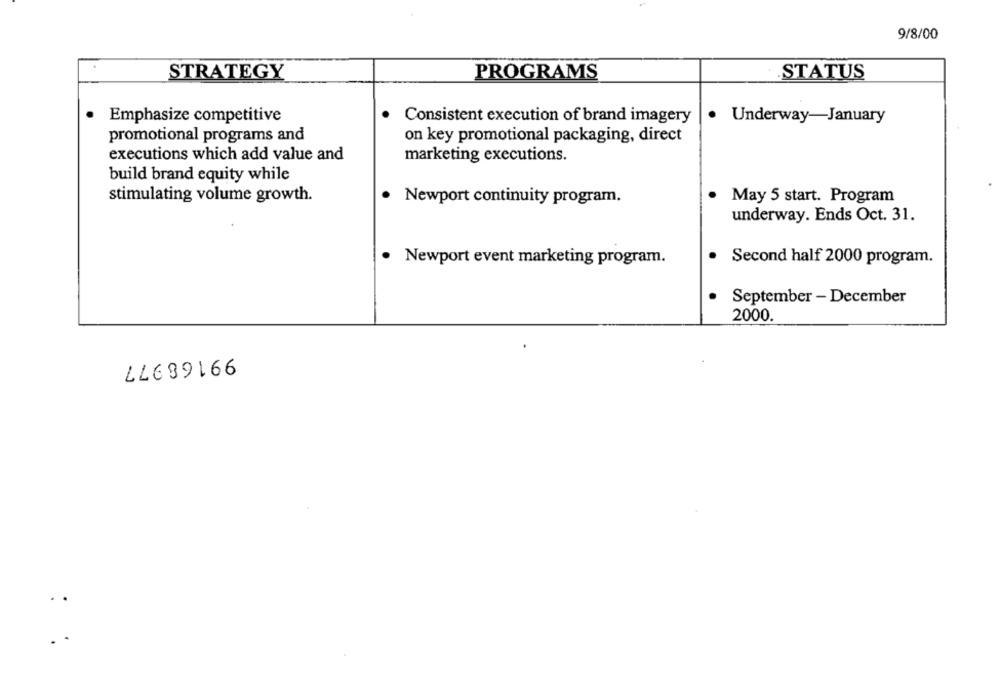
9/8/00
STRATEGY
PROGRAMS
STATUS
.
Emphasize competitive
Consistent execution of brand imagery
Underway-January
promotional programs and
on key promotional packaging, direct
executions which add value and
marketing executions.
build brand equity while
stimulating volume growth.
.
Newport continuity program.
. May 5 start. Program
underway. Ends Oct. 31.
· Newport event marketing program.
Second half 2000 program.
September - December
2000.
99168977
..
.